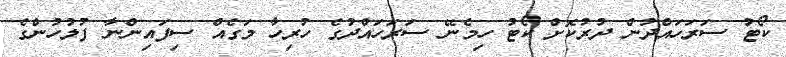
ކޯޓު ސަރަހައްދުން ދުރުކޮށް ކޯޓު ހިމެނޭ ސަރަހައްދުގެ ހުރިހާ މަގެއް ސިފައިންނާ ފުލުހުންގެ